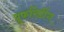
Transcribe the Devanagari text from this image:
प्रूफरिडींग